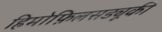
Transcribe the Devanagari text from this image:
हिमोफ़िलसड्यूकी